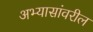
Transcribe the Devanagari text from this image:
अभ्यासांवरील